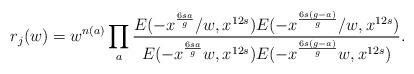
LaTeX: \begin{align*}r_j(w) = w^{n(a)} \prod_a \frac{E(-x^{\frac{6sa}{g}}/w,x^{12s})E(-x^{\frac{6s(g-a)}{g}}/ w, x^{12s})} {E(-x^{\frac{6sa}{g}}w, x^{12s})E(-x^{\frac{6s(g-a)}{g}}w, x^{12s})}.\end{align*}